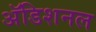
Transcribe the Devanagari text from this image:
अॅडिशनल